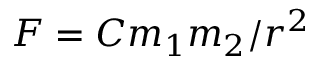
F = C { m _ { 1 } m _ { 2 } } / { r ^ { 2 } }